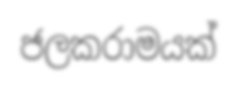
ජලකරාමයක්